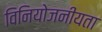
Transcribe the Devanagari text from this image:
विनियोजनीयता